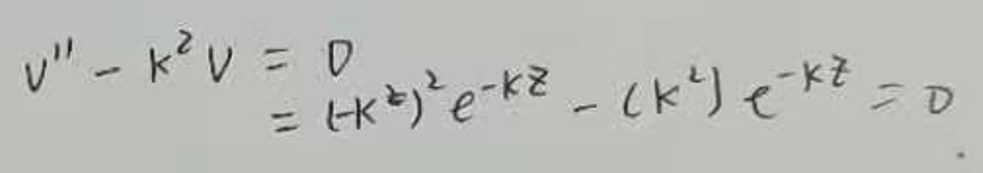
\[
\begin{align*}
V'' - k^{2}V&= 0\\
&= (-k^{2})e^{-kz}-(k^{2})e^{-kz}=0
\end{align*}
\]